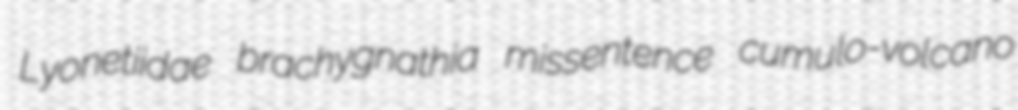
Lyonetiidae brachygnathia missentence cumulo-volcano